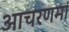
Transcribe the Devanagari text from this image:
आचरणमां